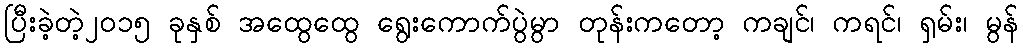
ပြီးခဲ့တဲ့၂၀၁၅ ခုနှစ် အထွေထွေ ရွေးကောက်ပွဲမွာ တုန်းကတော့ ကချင်၊ ကရင်၊ ရှမ်း၊ မွန်